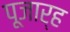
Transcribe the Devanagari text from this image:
पूजार्ह